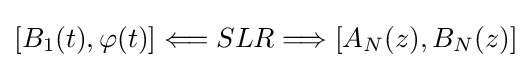
[B_{1}(t),\varphi (t)]\Longleftarrow SLR\Longrightarrow [A_{N}(z),B_{N}(z)]